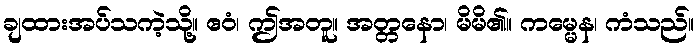
ချထားအပ်သကဲ့သို့။ ဧဝံ၊ ဤအတူ။ အတ္တနော၊ မိမိ၏။ ကမ္မေန၊ ကံသည်။